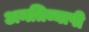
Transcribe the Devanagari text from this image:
अनतिव्यापी